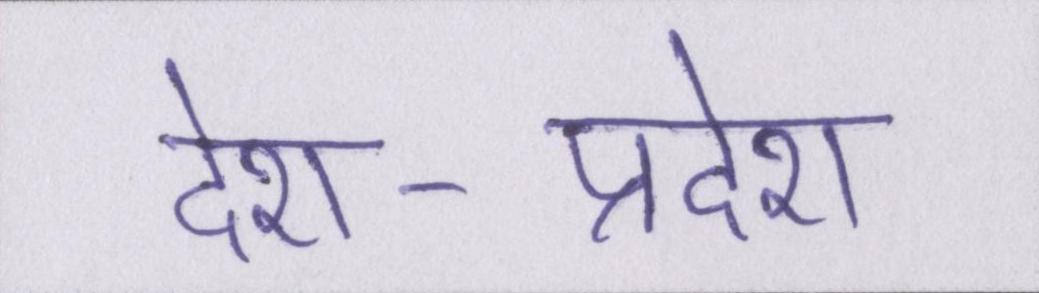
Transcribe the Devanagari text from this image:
देश-प्रदेश